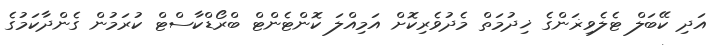
އަދި ކޭބަލް ޓެލެވިޜަންގެ ޚިދުމަތް މެދުވެރިކޮށް އަމިއްލަ ކޮންޓެންޓް ބްރޯޑްކާސްޓް ކުރަމުން ގެންދާކަމުގެ